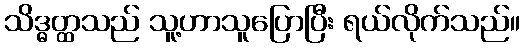
သိဒ္ဓတ္ထသည် သူ့ဟာသူပြောပြီး ရယ်လိုက်သည်။